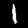
Digit: 1